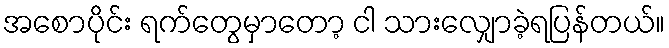
အစောပိုင်း ရက်တွေမှာတော့ ငါ သားလျှောခဲ့ရပြန်တယ်။